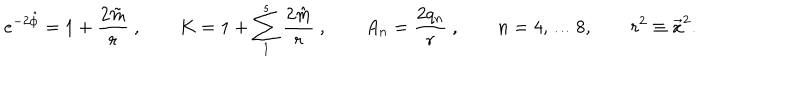
e ^ { - 2 \hat { \phi } } = 1 + { \frac { 2 \tilde { m } } { r } } \ , \qquad K = 1 + \sum _ { 1 } ^ { s } { \frac { 2 \hat { m } } { r } } \ , \qquad A _ { n } = { \frac { 2 q _ { n } } { r } } \ , \qquad n = 4 , \dots 8 , \qquad r ^ { 2 } \equiv \vec { x } ^ { 2 } .